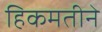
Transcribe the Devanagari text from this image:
हिकमतीने